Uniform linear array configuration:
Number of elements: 24
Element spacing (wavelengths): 0.5
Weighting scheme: exponential
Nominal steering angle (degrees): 60
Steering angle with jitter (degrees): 59.353
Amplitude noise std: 0.05
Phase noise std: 0.05

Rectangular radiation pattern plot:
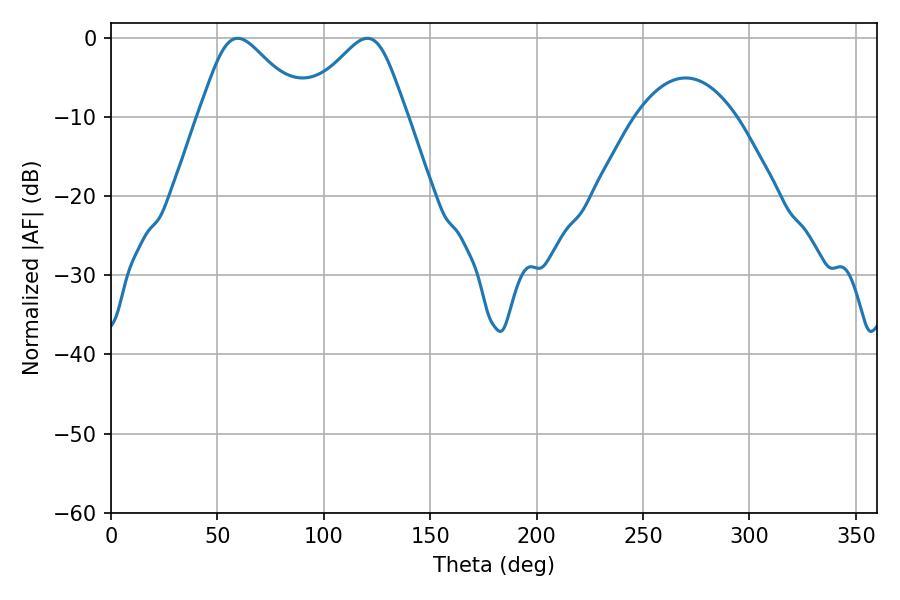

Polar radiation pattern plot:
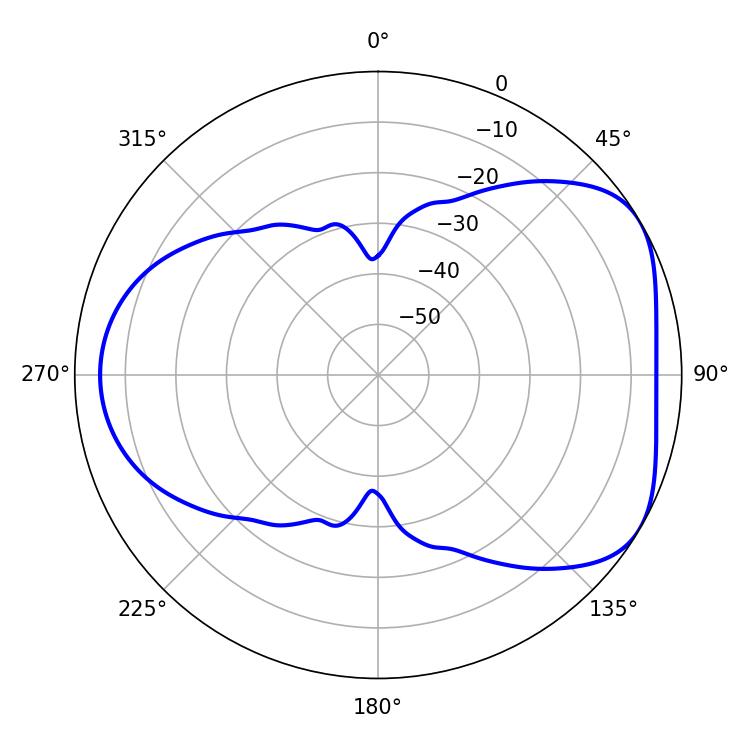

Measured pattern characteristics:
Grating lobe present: FALSE
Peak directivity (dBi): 4.86
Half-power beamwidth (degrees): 24.66
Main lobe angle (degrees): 59.58